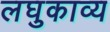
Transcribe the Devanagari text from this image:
लघुकाव्य